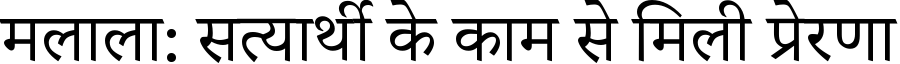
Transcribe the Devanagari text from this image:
मलाला: सत्यार्थी के काम से मिली प्रेरणा